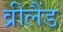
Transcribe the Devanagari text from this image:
व्रीलैंड